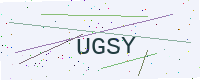
Text: UGSY